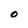
Character: O